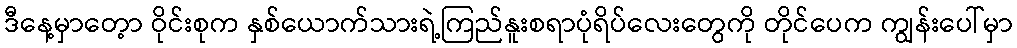
ဒီနေ့မှာတေ့ာ ဝိုင်းစုက နှစ်ယောက်သားရဲ့ကြည်နူးစရာပုံရိပ်လေးတွေကို တိုင်ပေက ကျွန်းပေါ်မှာ